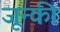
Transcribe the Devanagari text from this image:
जून्की